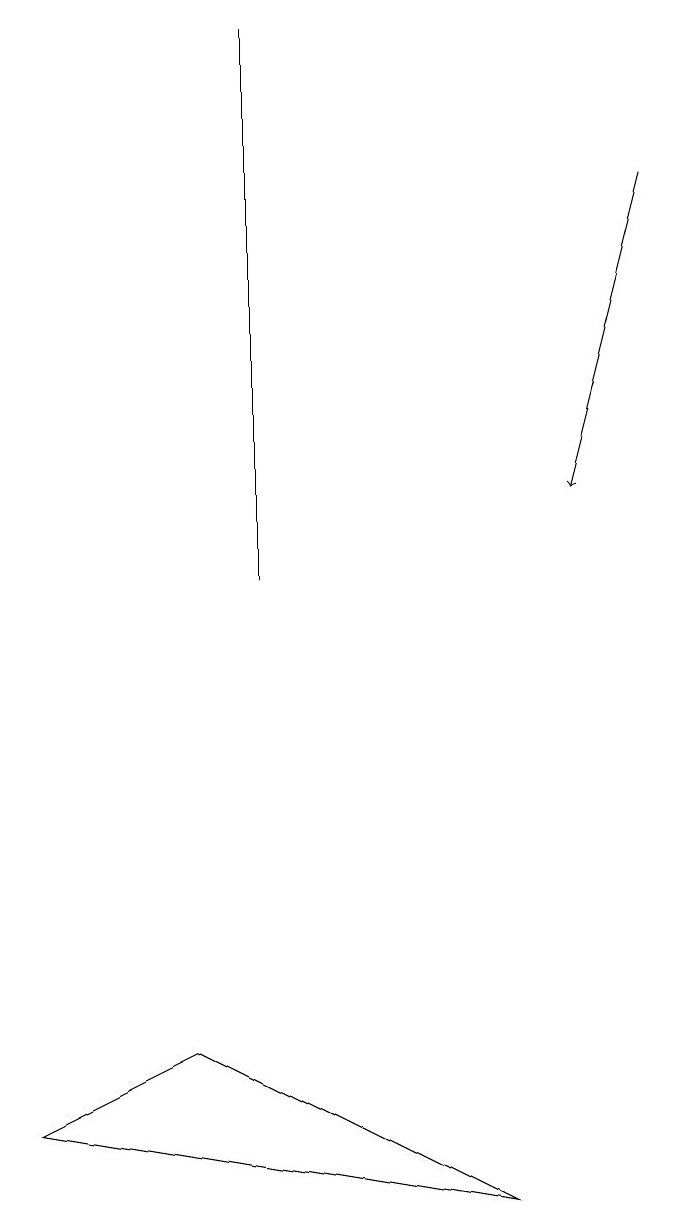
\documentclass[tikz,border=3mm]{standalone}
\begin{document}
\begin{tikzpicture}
\draw (0,5) -- (2,6) -- (6,4) -- cycle;
\draw[->] (8,17) -- (7,13);
\draw (3,12) rectangle (3,19);
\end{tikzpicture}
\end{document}